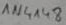
Text: 1N4148